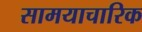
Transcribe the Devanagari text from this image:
सामयाचारिक